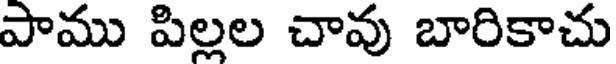
పాము పిల్లల చావు బారికాచు